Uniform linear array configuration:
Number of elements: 32
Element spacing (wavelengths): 0.25
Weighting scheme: exponential
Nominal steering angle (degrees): -45
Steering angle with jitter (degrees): -45.857
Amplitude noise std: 0.05
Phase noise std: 0.05

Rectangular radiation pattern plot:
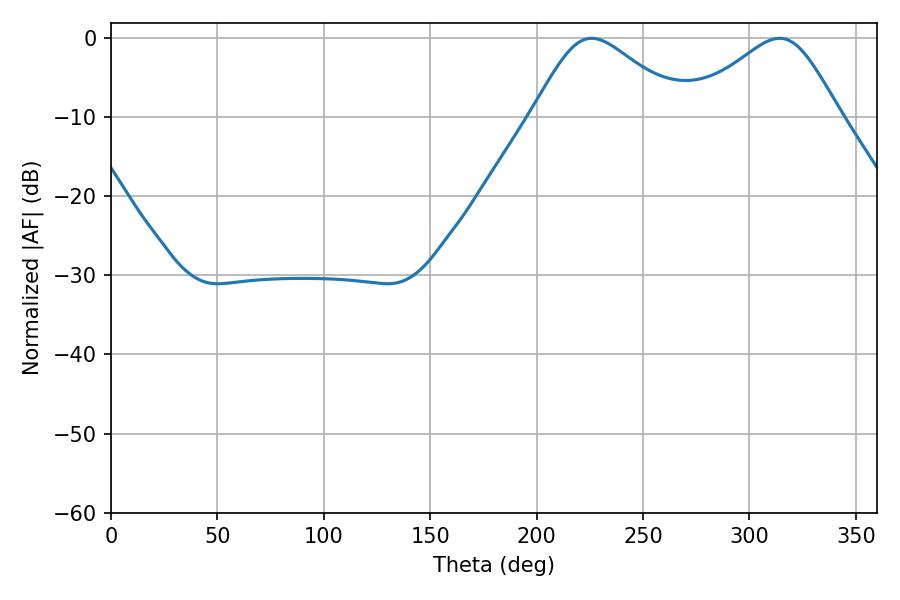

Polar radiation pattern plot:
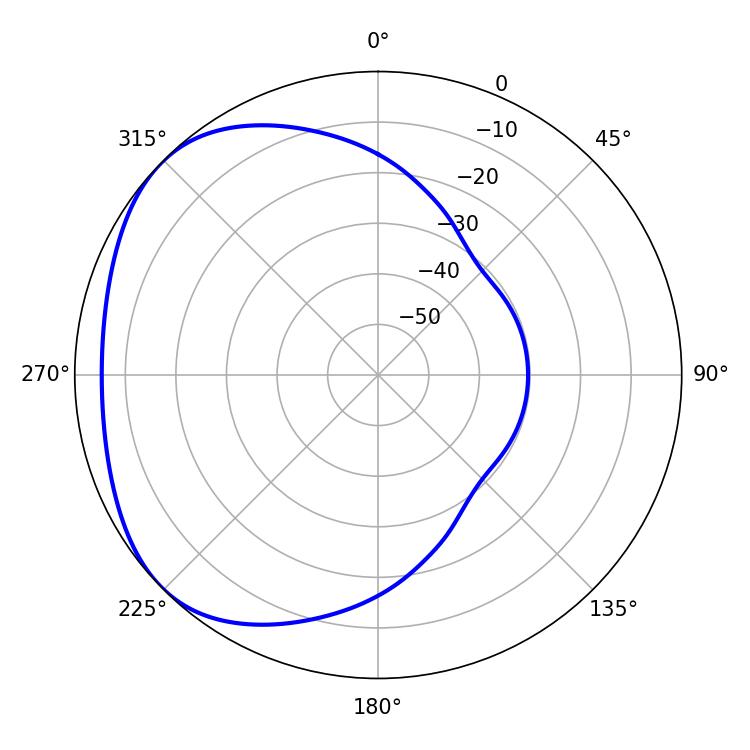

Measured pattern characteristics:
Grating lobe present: FALSE
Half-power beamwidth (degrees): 35.28
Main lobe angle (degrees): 225.9